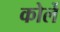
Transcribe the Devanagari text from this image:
कोर्ले